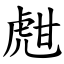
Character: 甝